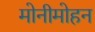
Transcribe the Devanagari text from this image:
मोनीमोहन